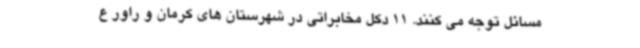
مسائل توجه می کنند. 11 دکل مخابراتی در شهرستان های کرمان و راور ع